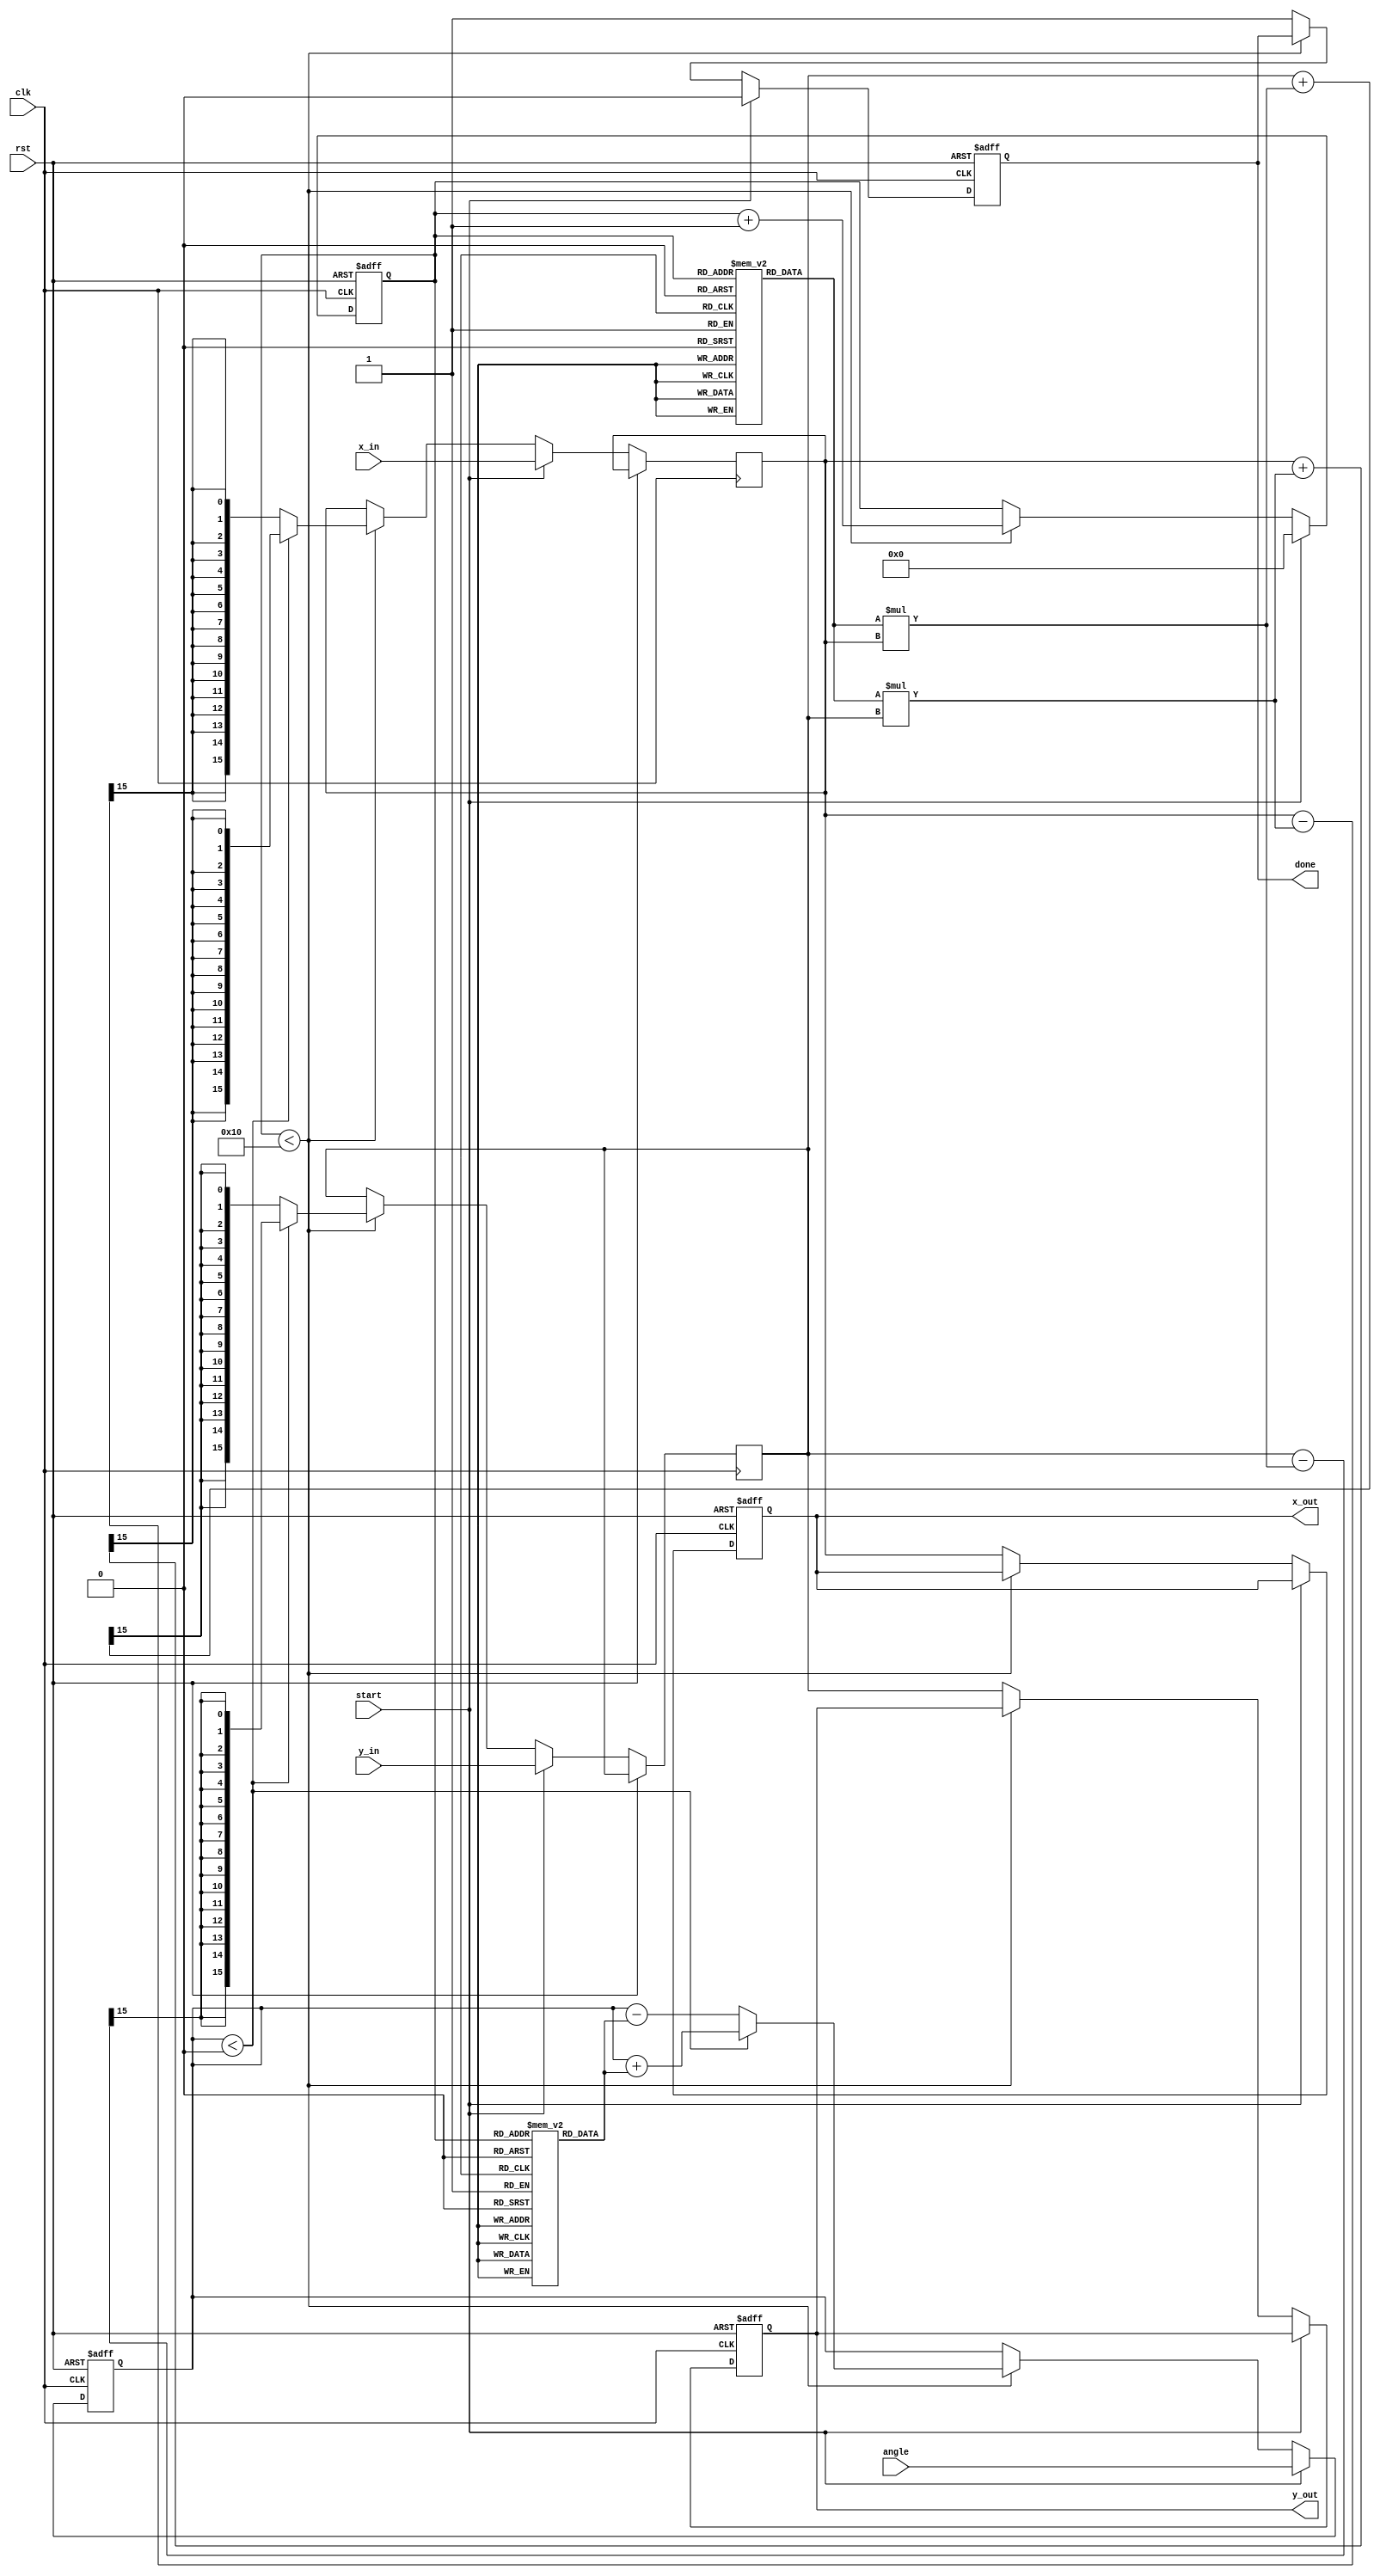
module cordic_rotational #(
    parameter WIDTH = 16,          // Bit-width for fixed-point representation
    parameter ITERATIONS = 16      // Number of iterations for CORDIC
)(
    input wire clk,                // Clock signal
    input wire rst,                // Reset signal
    input wire start,              // Start signal for CORDIC operation
    input wire signed [WIDTH-1:0] angle, // Input angle (in fixed-point)
    input wire signed [WIDTH-1:0] x_in,   // Initial x coordinate
    input wire signed [WIDTH-1:0] y_in,   // Initial y coordinate
    output reg signed [WIDTH-1:0] x_out,   // Output x coordinate
    output reg signed [WIDTH-1:0] y_out,   // Output y coordinate
    output reg done                // Done signal
);

    // CORDIC gain for each iteration (K_n)
    reg signed [WIDTH-1:0] K [0:ITERATIONS-1];
    initial begin
        K[0] = 16'h26DD; // K_0
        K[1] = 16'h1A6D; // K_1
        K[2] = 16'h0C8F; // K_2
        K[3] = 16'h0647; // K_3
        K[4] = 16'h0323; // K_4
        K[5] = 16'h0191; // K_5
        K[6] = 16'h00C5; // K_6
        K[7] = 16'h0063; // K_7
        K[8] = 16'h0031; // K_8
        K[9] = 16'h0018; // K_9
        K[10] = 16'h000C; // K_10
        K[11] = 16'h0006; // K_11
        K[12] = 16'h0003; // K_12
        K[13] = 16'h0002; // K_13
        K[14] = 16'h0001; // K_14
        K[15] = 16'h0001; // K_15
    end

    // Rotation angles (arctan values)
    reg signed [WIDTH-1:0] atan_table [0:ITERATIONS-1];
    initial begin
        atan_table[0] = 16'h0000; // atan(0)
        atan_table[1] = 16'h1C71; // atan(1/2)
        atan_table[2] = 16'h0D8E; // atan(1/4)
        atan_table[3] = 16'h05A8; // atan(1/8)
        atan_table[4] = 16'h02D4; // atan(1/16)
        atan_table[5] = 16'h0162; // atan(1/32)
        atan_table[6] = 16'h00B1; // atan(1/64)
        atan_table[7] = 16'h0055; // atan(1/128)
        atan_table[8] = 16'h002A; // atan(1/256)
        atan_table[9] = 16'h0015; // atan(1/512)
        atan_table[10] = 16'h000A; // atan(1/1024)
        atan_table[11] = 16'h0005; // atan(1/2048)
        atan_table[12] = 16'h0002; // atan(1/4096)
        atan_table[13] = 16'h0001; // atan(1/8192)
        atan_table[14] = 16'h0001; // atan(1/16384)
        atan_table[15] = 16'h0000; // atan(1/32768)
    end

    reg [3:0] count; // Iteration counter
    reg signed [WIDTH-1:0] x, y; // Internal x, y coordinates
    reg signed [WIDTH-1:0] angle_temp; // Temporary angle for processing

    always @(posedge clk or posedge rst) begin
        if (rst) begin
            x_out <= 0;
            y_out <= 0;
            done <= 0;
            count <= 0;
            angle_temp <= 0;
        end else if (start) begin
            x <= x_in;
            y <= y_in;
            angle_temp <= angle;
            count <= 0;
            done <= 0;
        end else if (count < ITERATIONS) begin
            // Perform CORDIC rotation
            if (angle_temp < 0) begin
                // Counterclockwise rotation
                x <= x + (K[count] * y) >>> 15; // K_n * y
                y <= y - (K[count] * x) >>> 15; // -K_n * x
                angle_temp <= angle_temp + atan_table[count];
            end else begin
                // Clockwise rotation
                x <= x - (K[count] * y) >>> 15; // -K_n * y
                y <= y + (K[count] * x) >>> 15; // K_n * x
                angle_temp <= angle_temp - atan_table[count];
            end
            count <= count + 1;
        end else begin
            // Output the final coordinates
            x_out <= x;
            y_out <= y;
            done <= 1;
        end
    end

endmodule